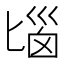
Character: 匘